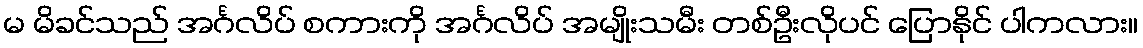
မ မိခင်သည် အင်္ဂလိပ် စကားကို အင်္ဂလိပ် အမျိုးသမီး တစ်ဦးလိုပင် ပြောနိုင် ပါကလား။